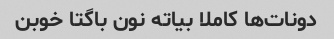
دونات‌ها کاملا بیاته نون باگتا خوبن